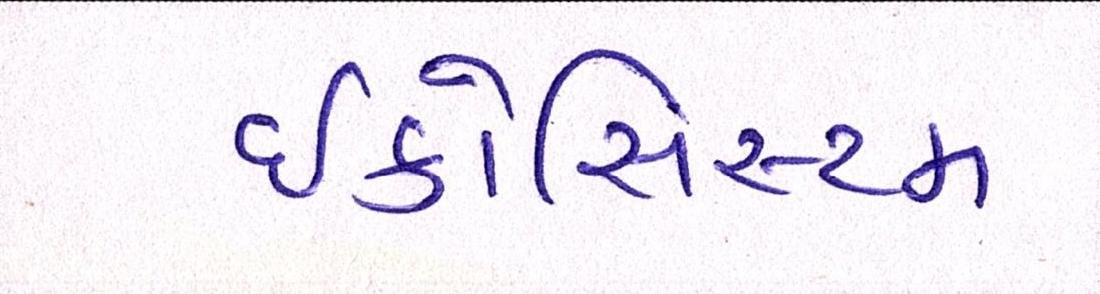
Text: ઇકોસિસ્ટમ